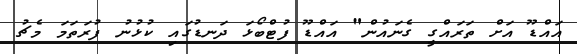
އައްޑޫ އަށް ތަރައްގީ ގެނައުން" އައްޑޫ ފުޓްބޯޅަ ދަނޑުގައި ކުޅުނު ފުރަތަމަ މެޗު